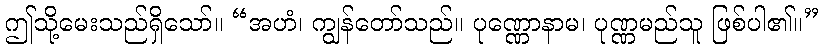
ဤသို့မေးသည်ရှိသော်။ “အဟံ၊ ကျွန်တော်သည်။ ပုဏ္ဏောနာမ၊ ပုဏ္ဏမည်သူ ဖြစ်ပါ၏။”